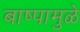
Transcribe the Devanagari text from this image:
बाष्पामुळे